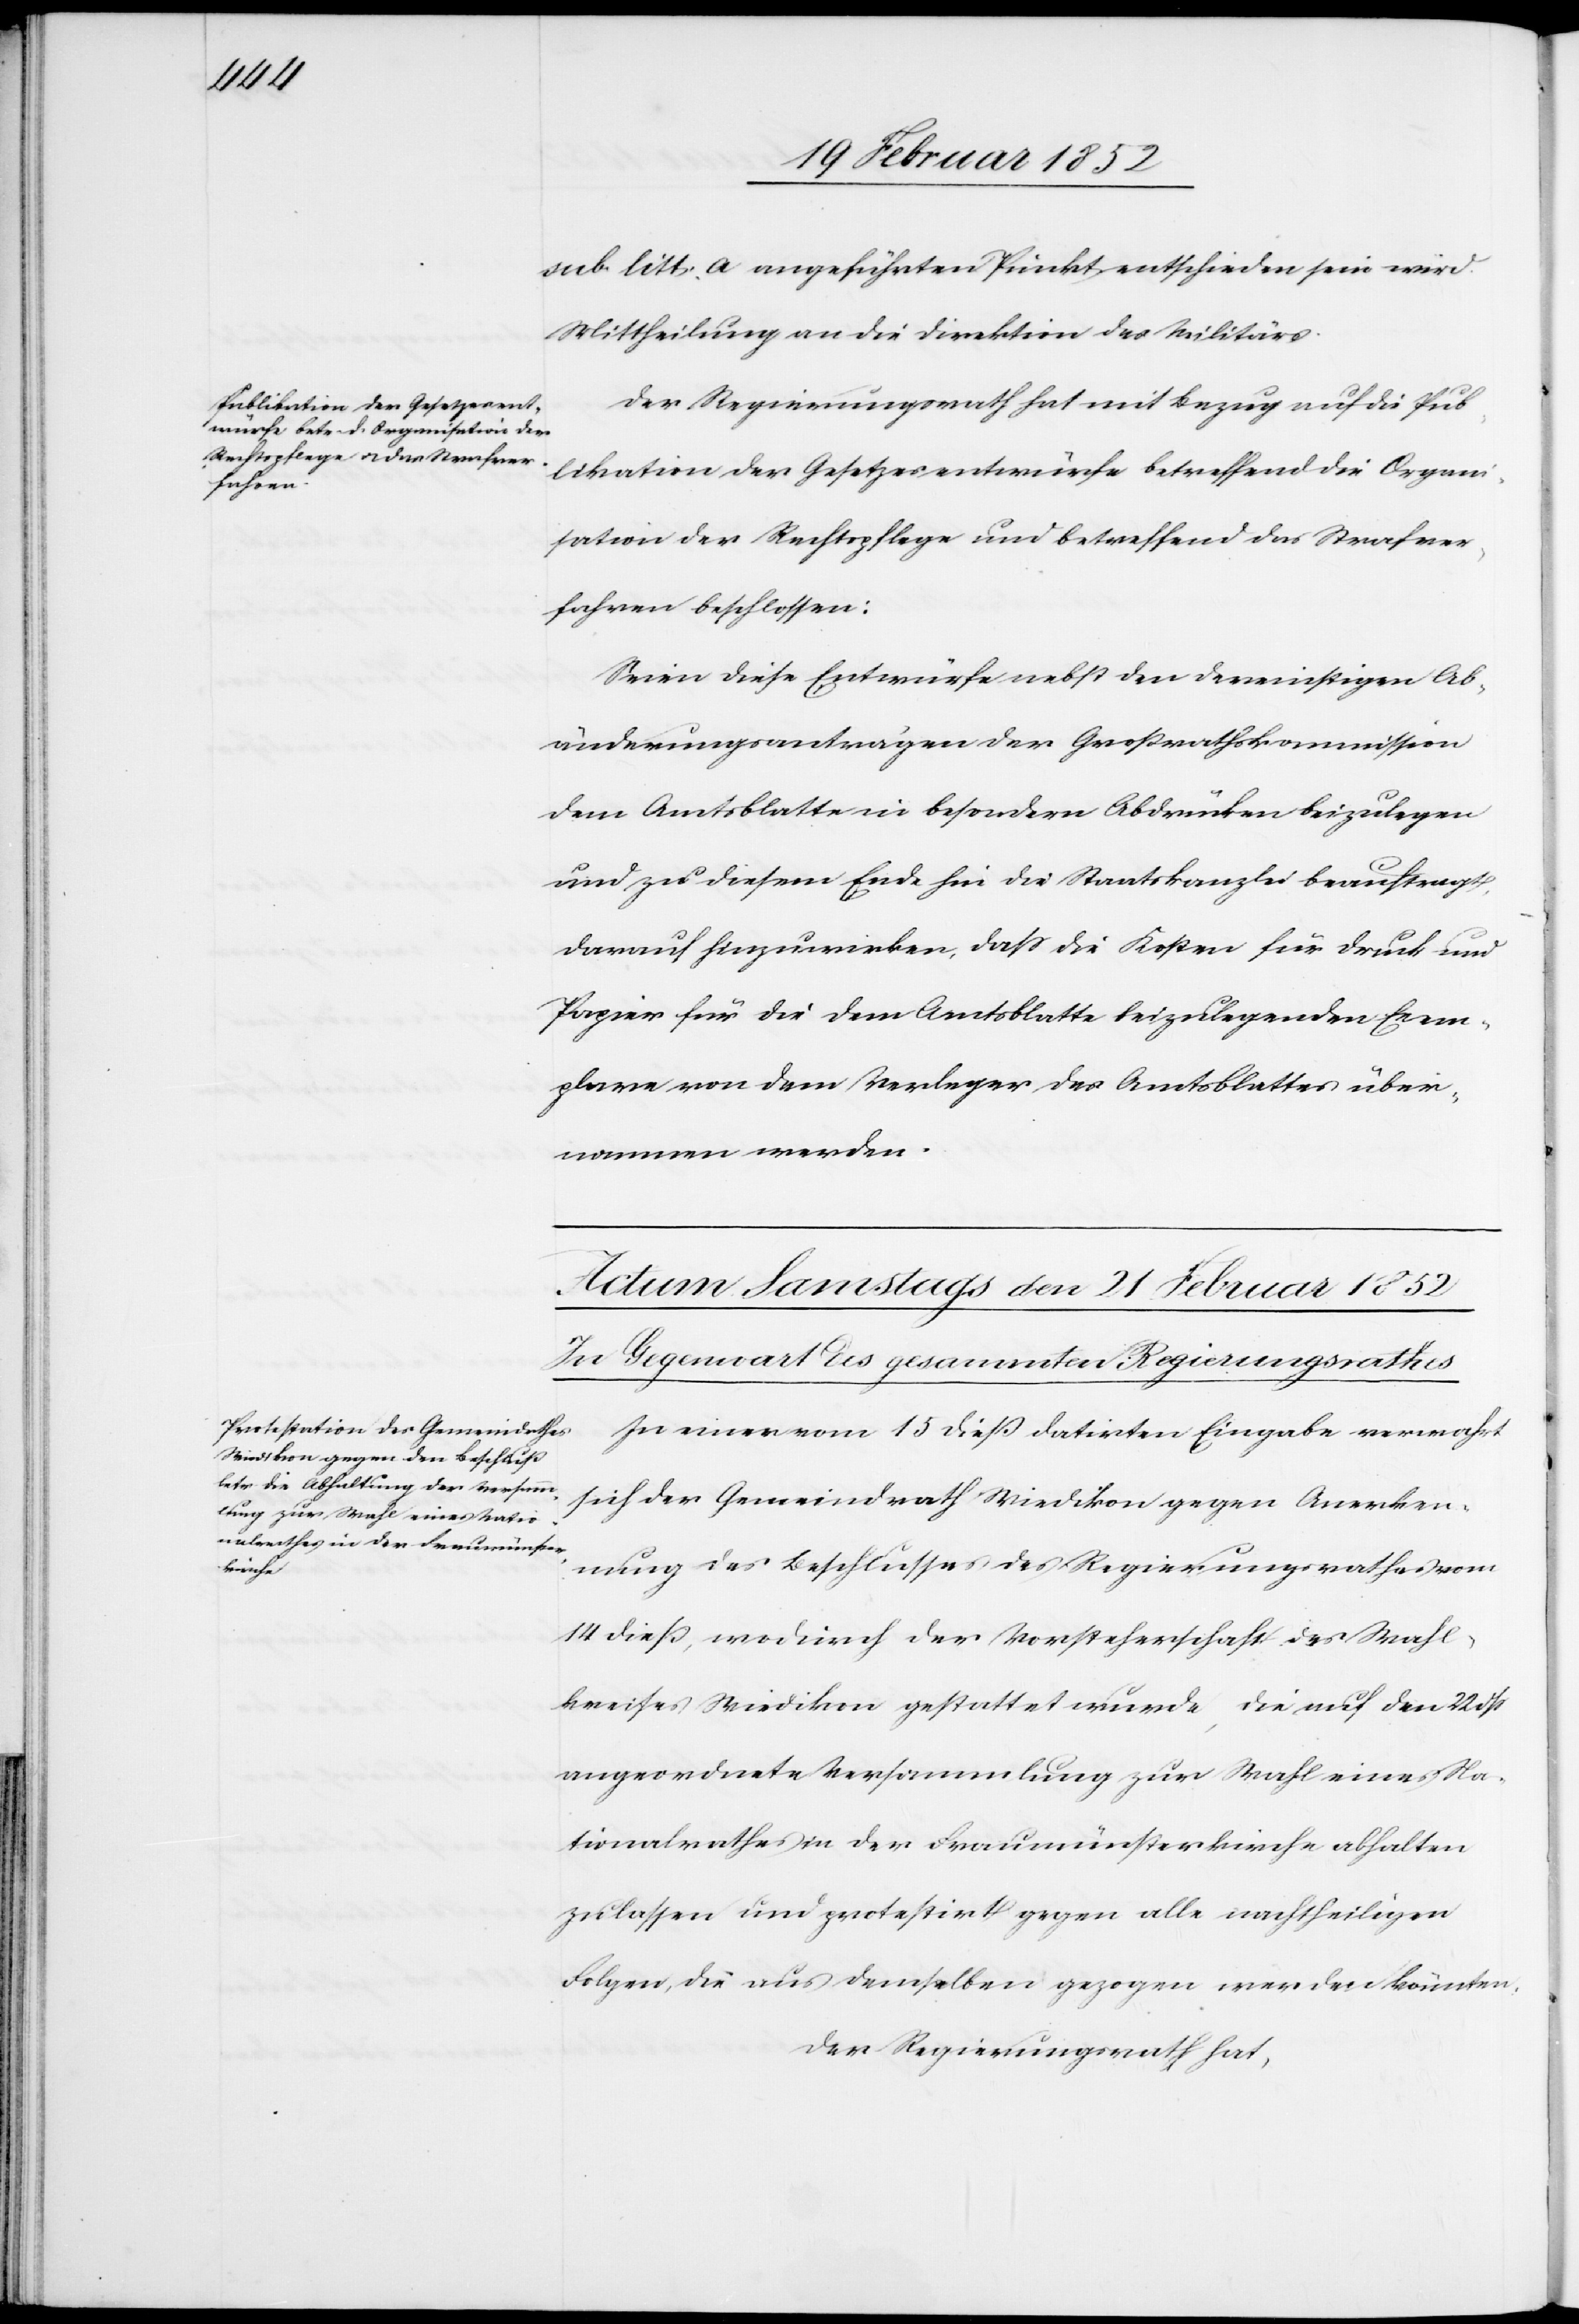
sub. litt. a angeführten Punkt entschieden sein wird.
Mittheilung an die Direktion des Militärs.
Der Regierungsrath hat mit Bezug auf die Pub¬
likation der Gesetzesentwürfe betreffend die Organi¬
sation der Rechtspflege und betreffend das Strafver¬
fahren beschlossen:
Seien diese Entwürfe nebst den dereinstigen Ab¬
änderungsanträgen der Großrathskommission
dem Amtsblatte in besondern Abdrücken beizulegen
und zu diesem Ende hin die Staatskanzlei beauftragt,
darauf hinzuwirken, daß die Kosten für Druck und
Papier für die dem Amtsblatte beizulegenden Exem¬
plare von dem Verleger des Amtsblattes über¬
nommen werden.
In einer vom 15 dieß datirten Eingabe verwahrt
sich der Gemeindrath Wiedikon gegen Anerken¬
nung des Beschlusses des Regierungsrathes vom
14 dieß, wodurch der Vorsteherschaft des Wahl¬
kreises Wiedikon gestattet wurde, die auf den 22 dß
angeordnete Versammlung zur Wahl eines Na¬
tionalrathes in der Fraumünsterkirche abhalten
zu lassen und protestirt gegen alle nachtheiligen
Folgen, die aus demselben gezogen werden könnten.
Der Regierungsrath hat,